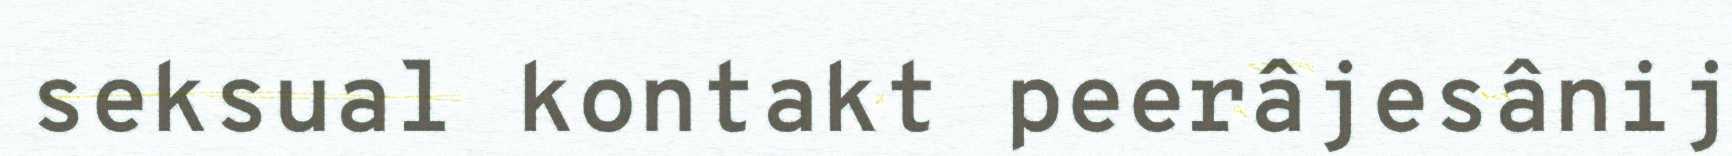
seksual kontakt peerâjesânij